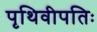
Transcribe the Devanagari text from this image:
पृथिवीपतिः